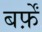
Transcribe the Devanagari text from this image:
बर्फ़ें